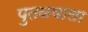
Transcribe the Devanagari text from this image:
पुतळयाला